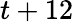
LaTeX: t+12